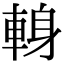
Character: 𨌈